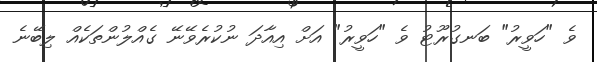
ވެ "ހަވީރު" ބަނގުރޫޓު ވެ "ހަވީރު" އަށް އިއާދަ ނުކުރެވޭނޭ ގެއްލުންތަކެއް ލިބޭނެ